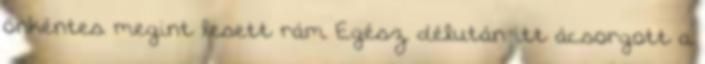
önkéntes megint lesett rám Egész délután itt ácsorgott a